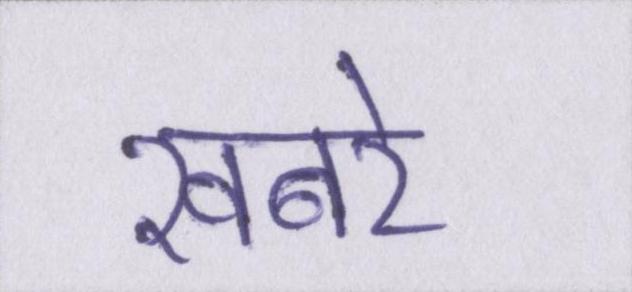
खबरे